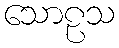
သောဠသ